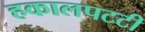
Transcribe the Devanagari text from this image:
हकालपटटी